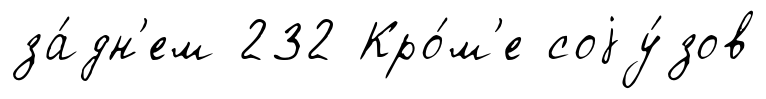
за́дн'ем 232 Кро́м'е соjу́зов